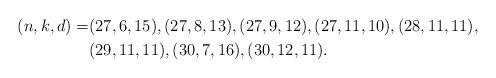
LaTeX: \begin{align*} (n,k,d)=&(27,6,15),(27,8,13),(27,9,12),(27,11,10),(28,11,11),\\ &(29,11,11),(30,7,16),(30,12,11). \end{align*}